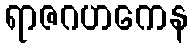
ရာဇဂဟကေန